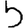
Digit: 5